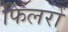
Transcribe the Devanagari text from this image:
फिलरों